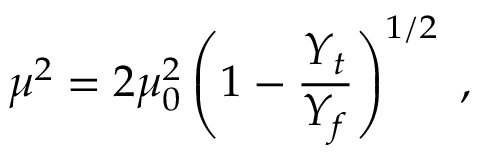
\mu ^ { 2 } = 2 \mu _ { 0 } ^ { 2 } \left( 1 - \frac { Y _ { t } } { Y _ { f } } \right) ^ { 1 / 2 } \; ,